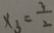
x _ { 3 } = \frac { 3 } { 2 }